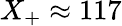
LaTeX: X_{+}\approx 117